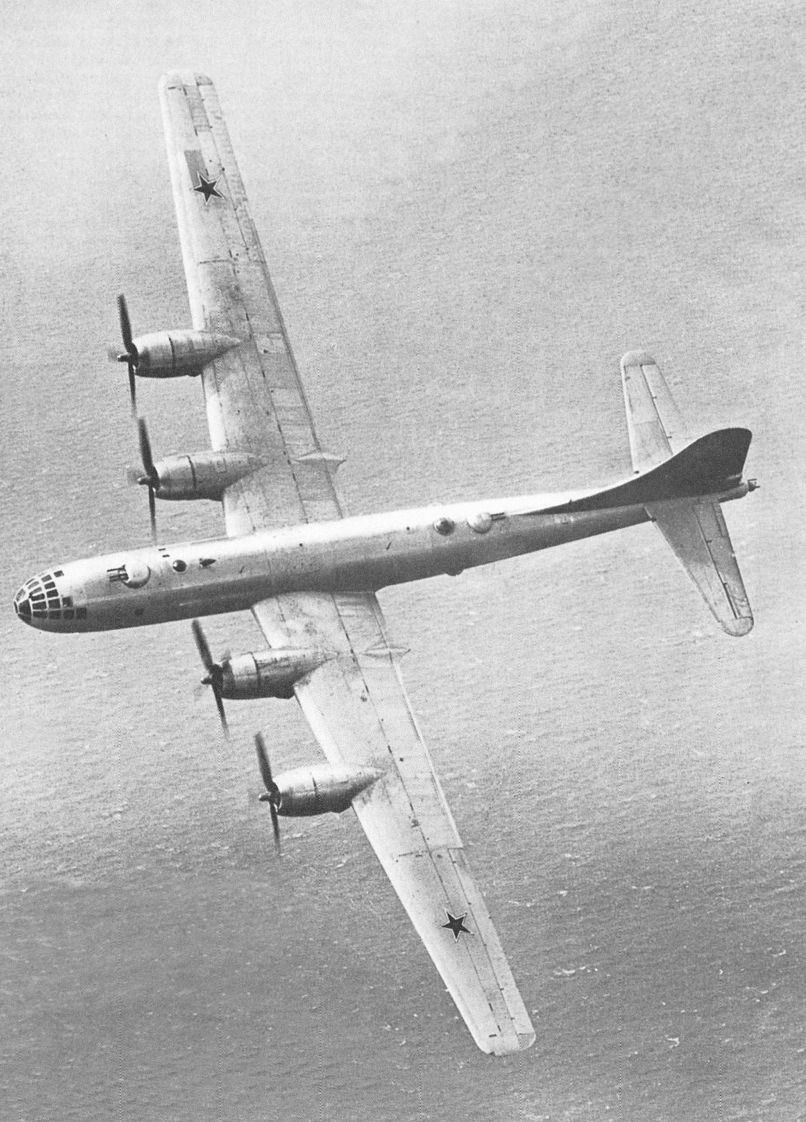
梦断刀头，书开虿尾，别有相思随定。